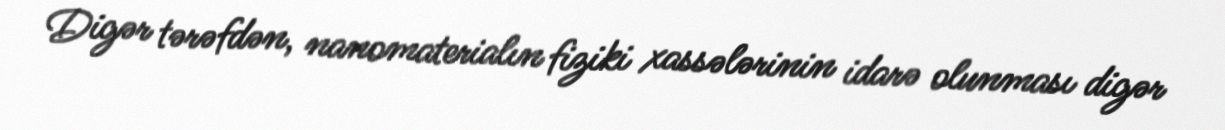
Digər tərəfdən, nanomaterialın fiziki xassələrinin idarə olunması digər